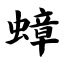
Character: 蟑